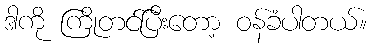
ဒါကို ကြိုတင်ပြီးတော့ ဝန်ခံပါတယ်။